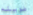
طويله